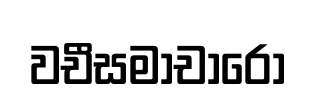
වචීසමාචාරො